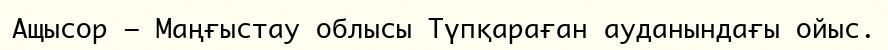
Ащысор – Маңғыстау облысы Түпқараған ауданындағы ойыс.